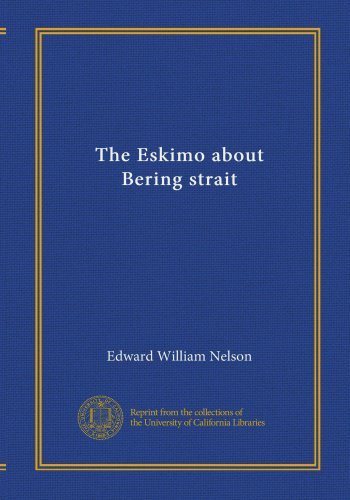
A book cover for The Eskimo about Bering strait; Edward William Nelson; History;